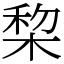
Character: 棃